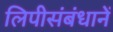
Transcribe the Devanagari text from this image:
लिपीसंबंधानें